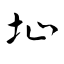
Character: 址